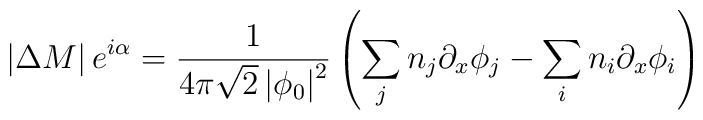
\left| \Delta M \right| e^{i\alpha} = \frac{1}{4\pi \sqrt{2} \left|\phi_0\right|^2} \left(\sum_j n_j \partial_x\phi_j - \sum_i n_i \partial_x\phi_i \right)